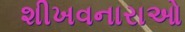
શીખવનારાઓ